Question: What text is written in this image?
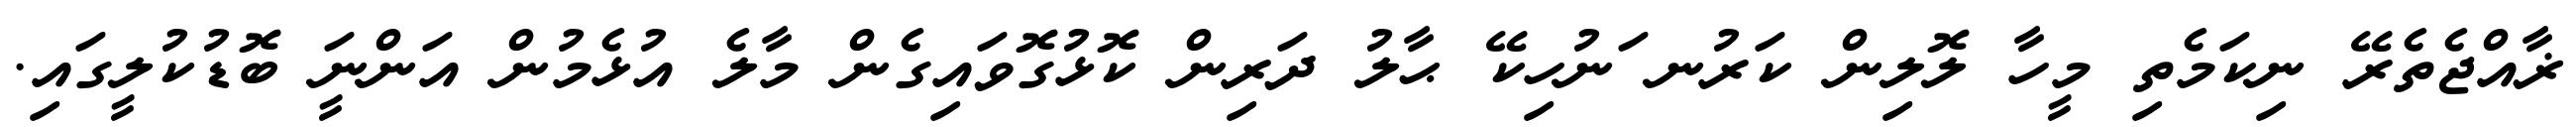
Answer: ޜާއްޖެތެރޭ ނިކަމެތި މީހާ ލޮލިން ކަރުނ ަނުހިކޭ ޙާލު ދަރިން ކޮޅުގޮވައިގެން މާލެ އުޅެމުން އަންނަީ ބޮޑުކުލީގައި.